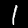
Digit: 1